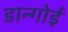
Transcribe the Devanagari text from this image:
डान्गोई